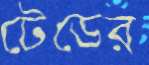
টেডের